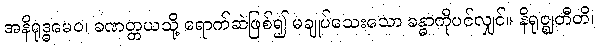
အနိရုဒ္ဓမေဝ၊ ခဏတ္တယသို့ ရောက်ဆဲဖြစ်၍ မချုပ်သေးသော ခန္ဓာကိုပင်လျှင်။ နိရုဇ္ဈတီတိ၊